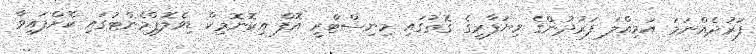
ފަރުދެއްނަމަ އަމިއްލަ ފަރުދުންގެ ވިޔަފާރީގެ ގޮތުގައި މިނިސްޓްރީ އޮފް އިކޮނޮމިކް ޑިވެލޮޕްމެންޓުގައި ކޮށްފައިވާ